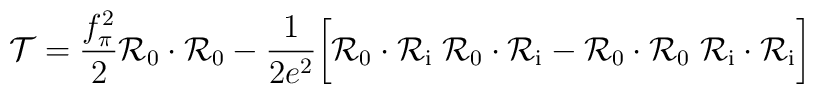
{\cal T}={f_\pi^2\over 2} {\cal R}_0\cdot{\cal R}_0 -{1\over{2 e^2}}\biggl [{\cal R}_0\cdot{\cal R}_{\mathrm{i}}\;{\cal R}_0\cdot{\cal R}_{\mathrm{i}} -{\cal R}_0\cdot{\cal R}_0\;{\cal R}_{\mathrm{i}}\cdot{\cal R}_{\mathrm{i}}\biggr ]